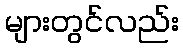
များတွင်လည်း